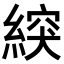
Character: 𦂽